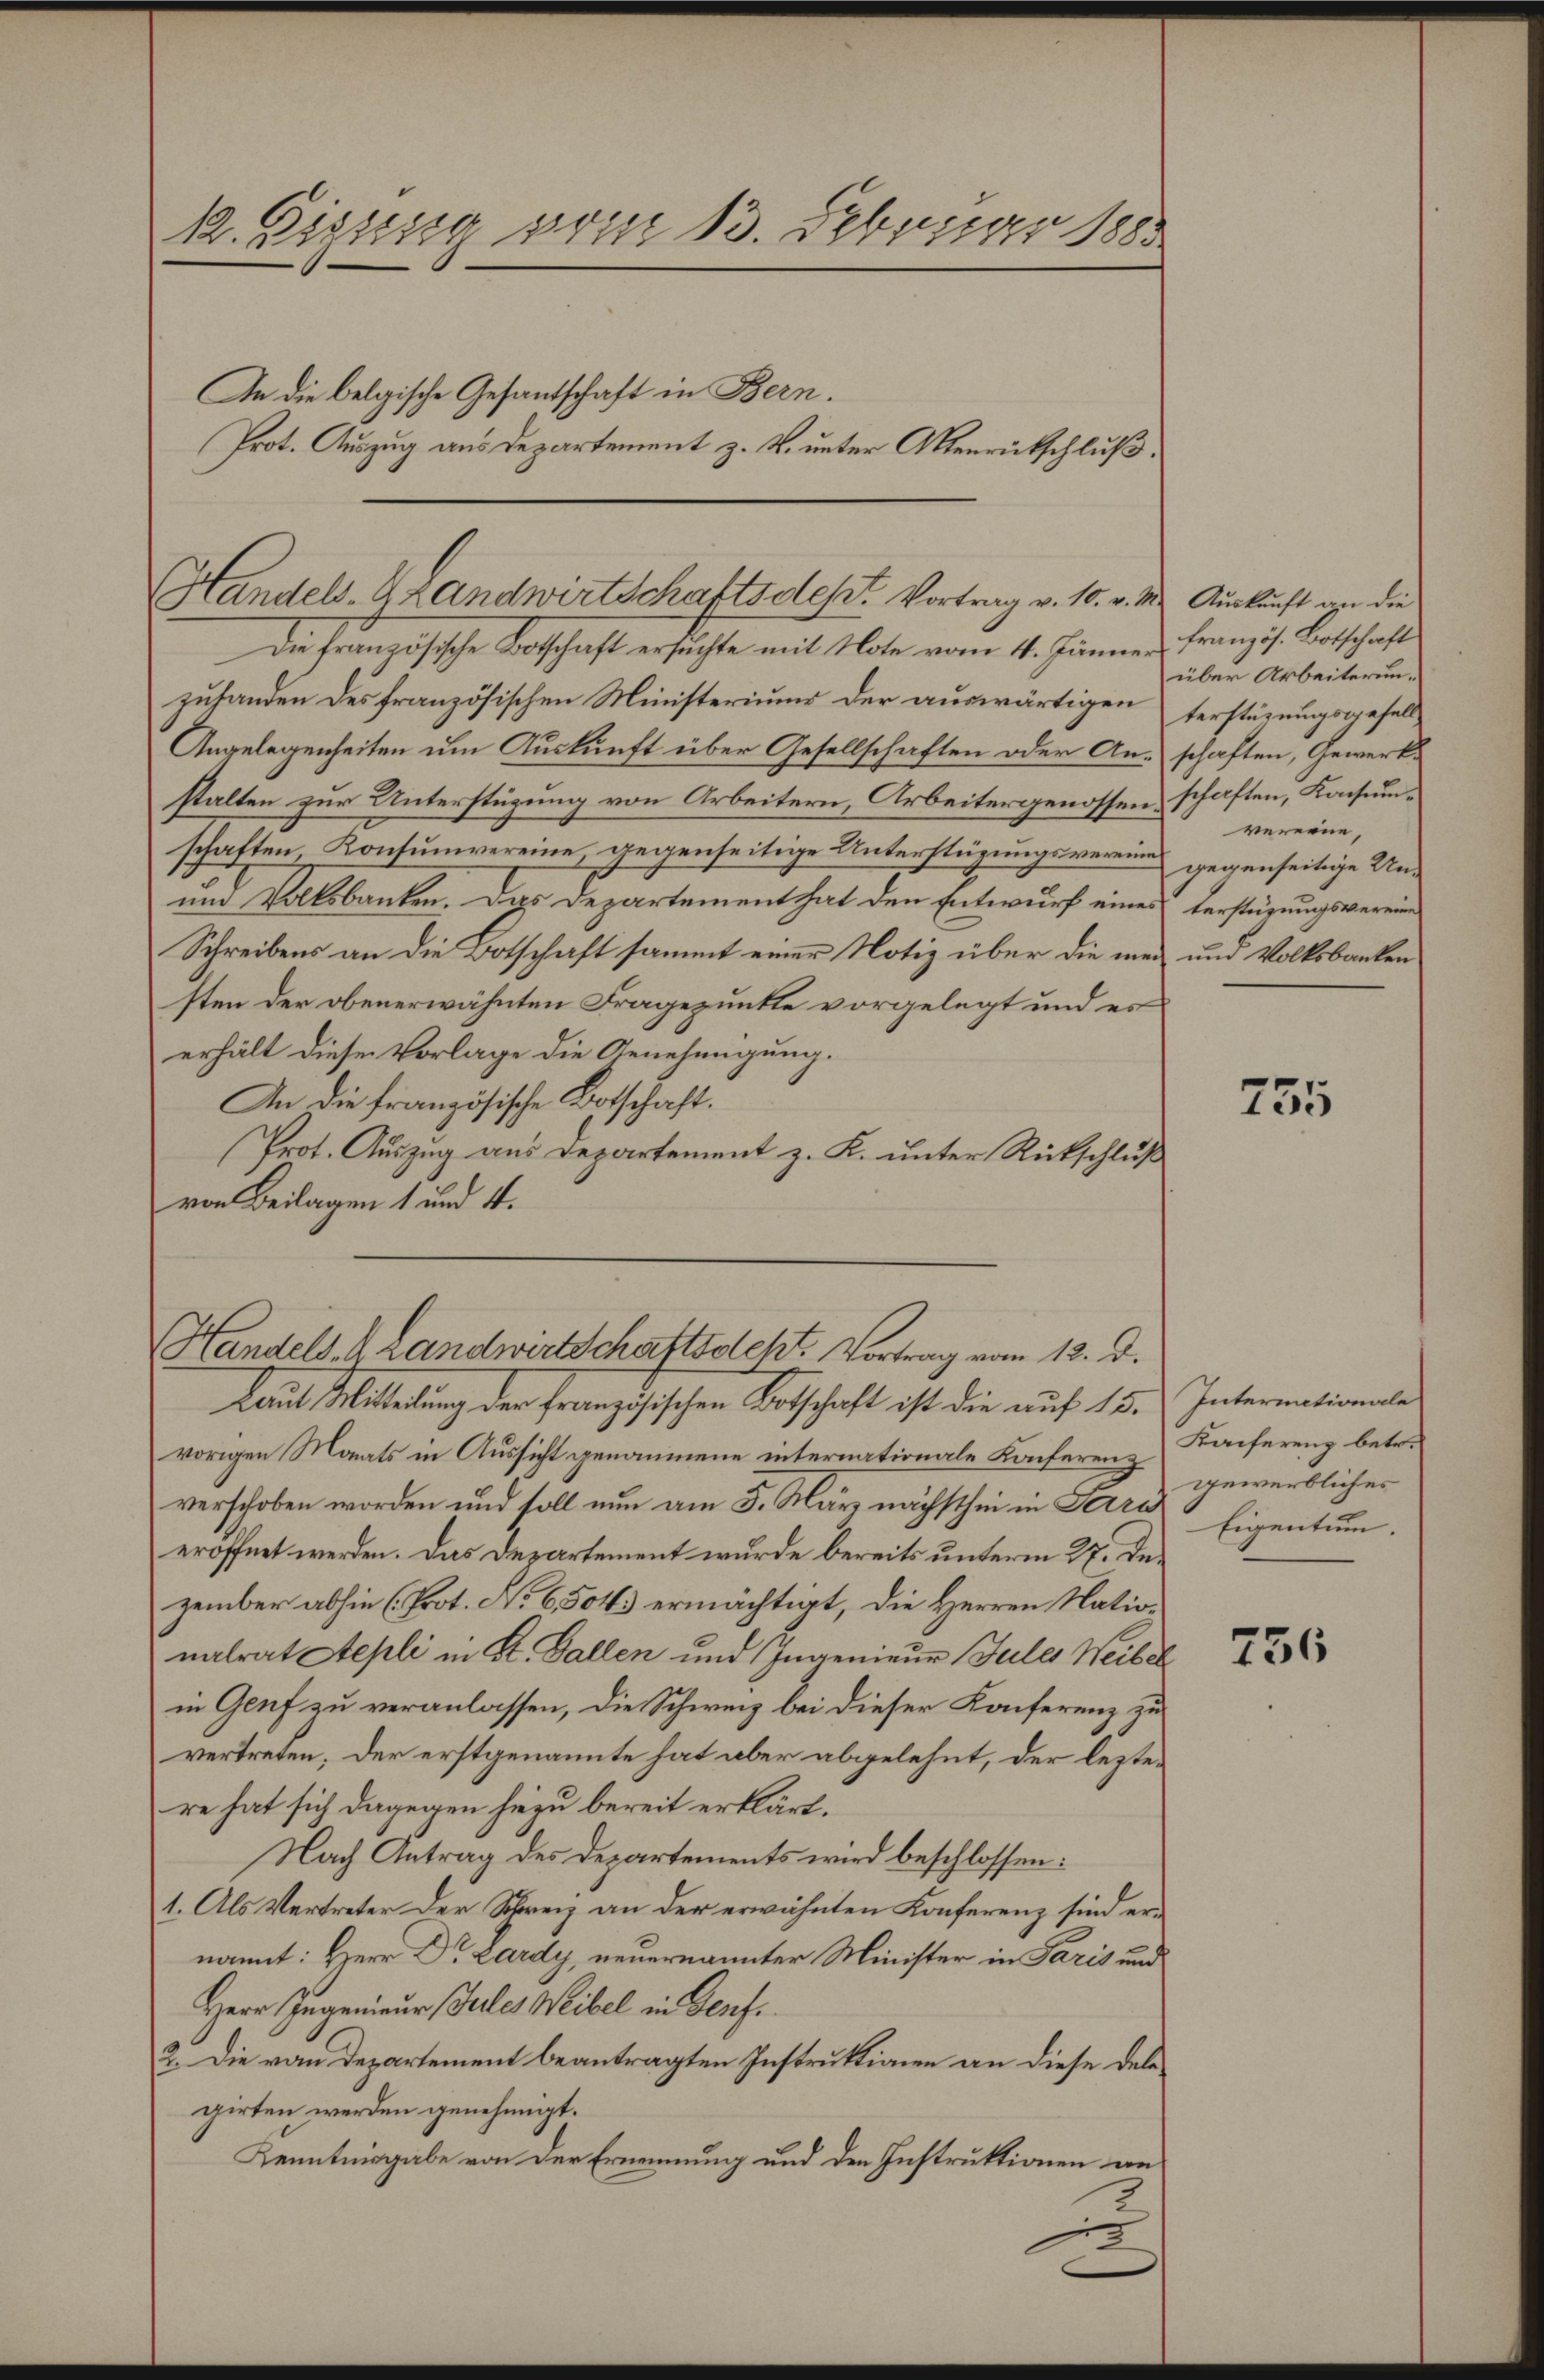
12. Digung vom 13. Februar 188
An die belgische Gesantschaft in Bern.
Prot. Auszug aus Departement z. B. unter Aktenrutschluß,

Handels- Landwirtschafts des Vortrag v. 10. v. M. Auskunft an die

Laut Mittelung der Französischen Botschaft ist die auf 13. Internationale
vorigen Monats in Aussicht genommene internationale Konferen-Kaiferenz betr.
verschoben worden und soll nun am 5. März nächsthin in Ferre Eigentum.
eröffnet werden. Das Departement wurde bereits unterm 27. Dezember abhin (Prot. No 65043 ermächtigt, die Herren Nationalrat Stepli in St. Gallen und Ingenieur Jules Weibel
in Genf zu veranlassen, die Schweiz bei dieser Konferenz zu
vertreten; der erstgenannte hat aber abgelehnt, der leztere hat sich dagegen hiezu bereit erklärt.
Nach Antrag des Departements wird beschlossen:
1. Als Vertreter der Schreiz an der erwähnten Konferenz sind ernannt: Herr Dr. Lardy, neuernannter Minister in Paris und
Herr Ingenieur (Gulles Weibel in Genf.
2. Die vom Departement beantragten Instruktionen an diese Delegirten werden genehmigt.
Kenntnisgabe von der Ernennung und den Instruktionen an
2

Die Französische Todtschaft ersuchte mit Note vom 4. Jänner Französ. Botschaft
zuhanden des französischen Ministeriums der auswärtigen verstüzungsgesell¬
Angelegenheiten um Auskunft über Gesellschaften oder Anschaften, Gewerkstalten zur Unterstüzung von Arbeitern, Arbeitergenossen, schaften, Konsumschaften, Konsumvereine, gegenseitige Unterstüzungsvereine gegenseitige Un¬
und Volksbanken. Das Departement hat den Entwurf eines Verstüzungsvereine
Schreibens an die Botschaft sammt einer Notiz über die man und Volksbanken
sten der obenerwähnten Fragepunkte vorgelegt und es
erhält diese Vorlage die Genehmigung.
An die französische Botschaft.
Prot. Auszug aus Departement z. K. unter Rückschluß
von Beilagen 1 und 4.

Handels. A. Landwirtschaftssteht. Vortrag vom 12. d.

über Arbeiterunvereine,

755

gewerbliches

756